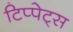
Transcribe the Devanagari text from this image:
टिप्‍पेट्स